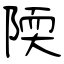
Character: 陾